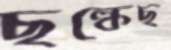
ছল্‌কেছ